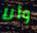
وأنا